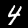
Digit: 4